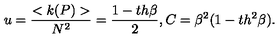
u = \frac { < k ( P ) > } { N ^ { 2 } } = \frac { 1 - t h \beta } { 2 } , C = \beta ^ { 2 } ( 1 - t h ^ { 2 } \beta ) .